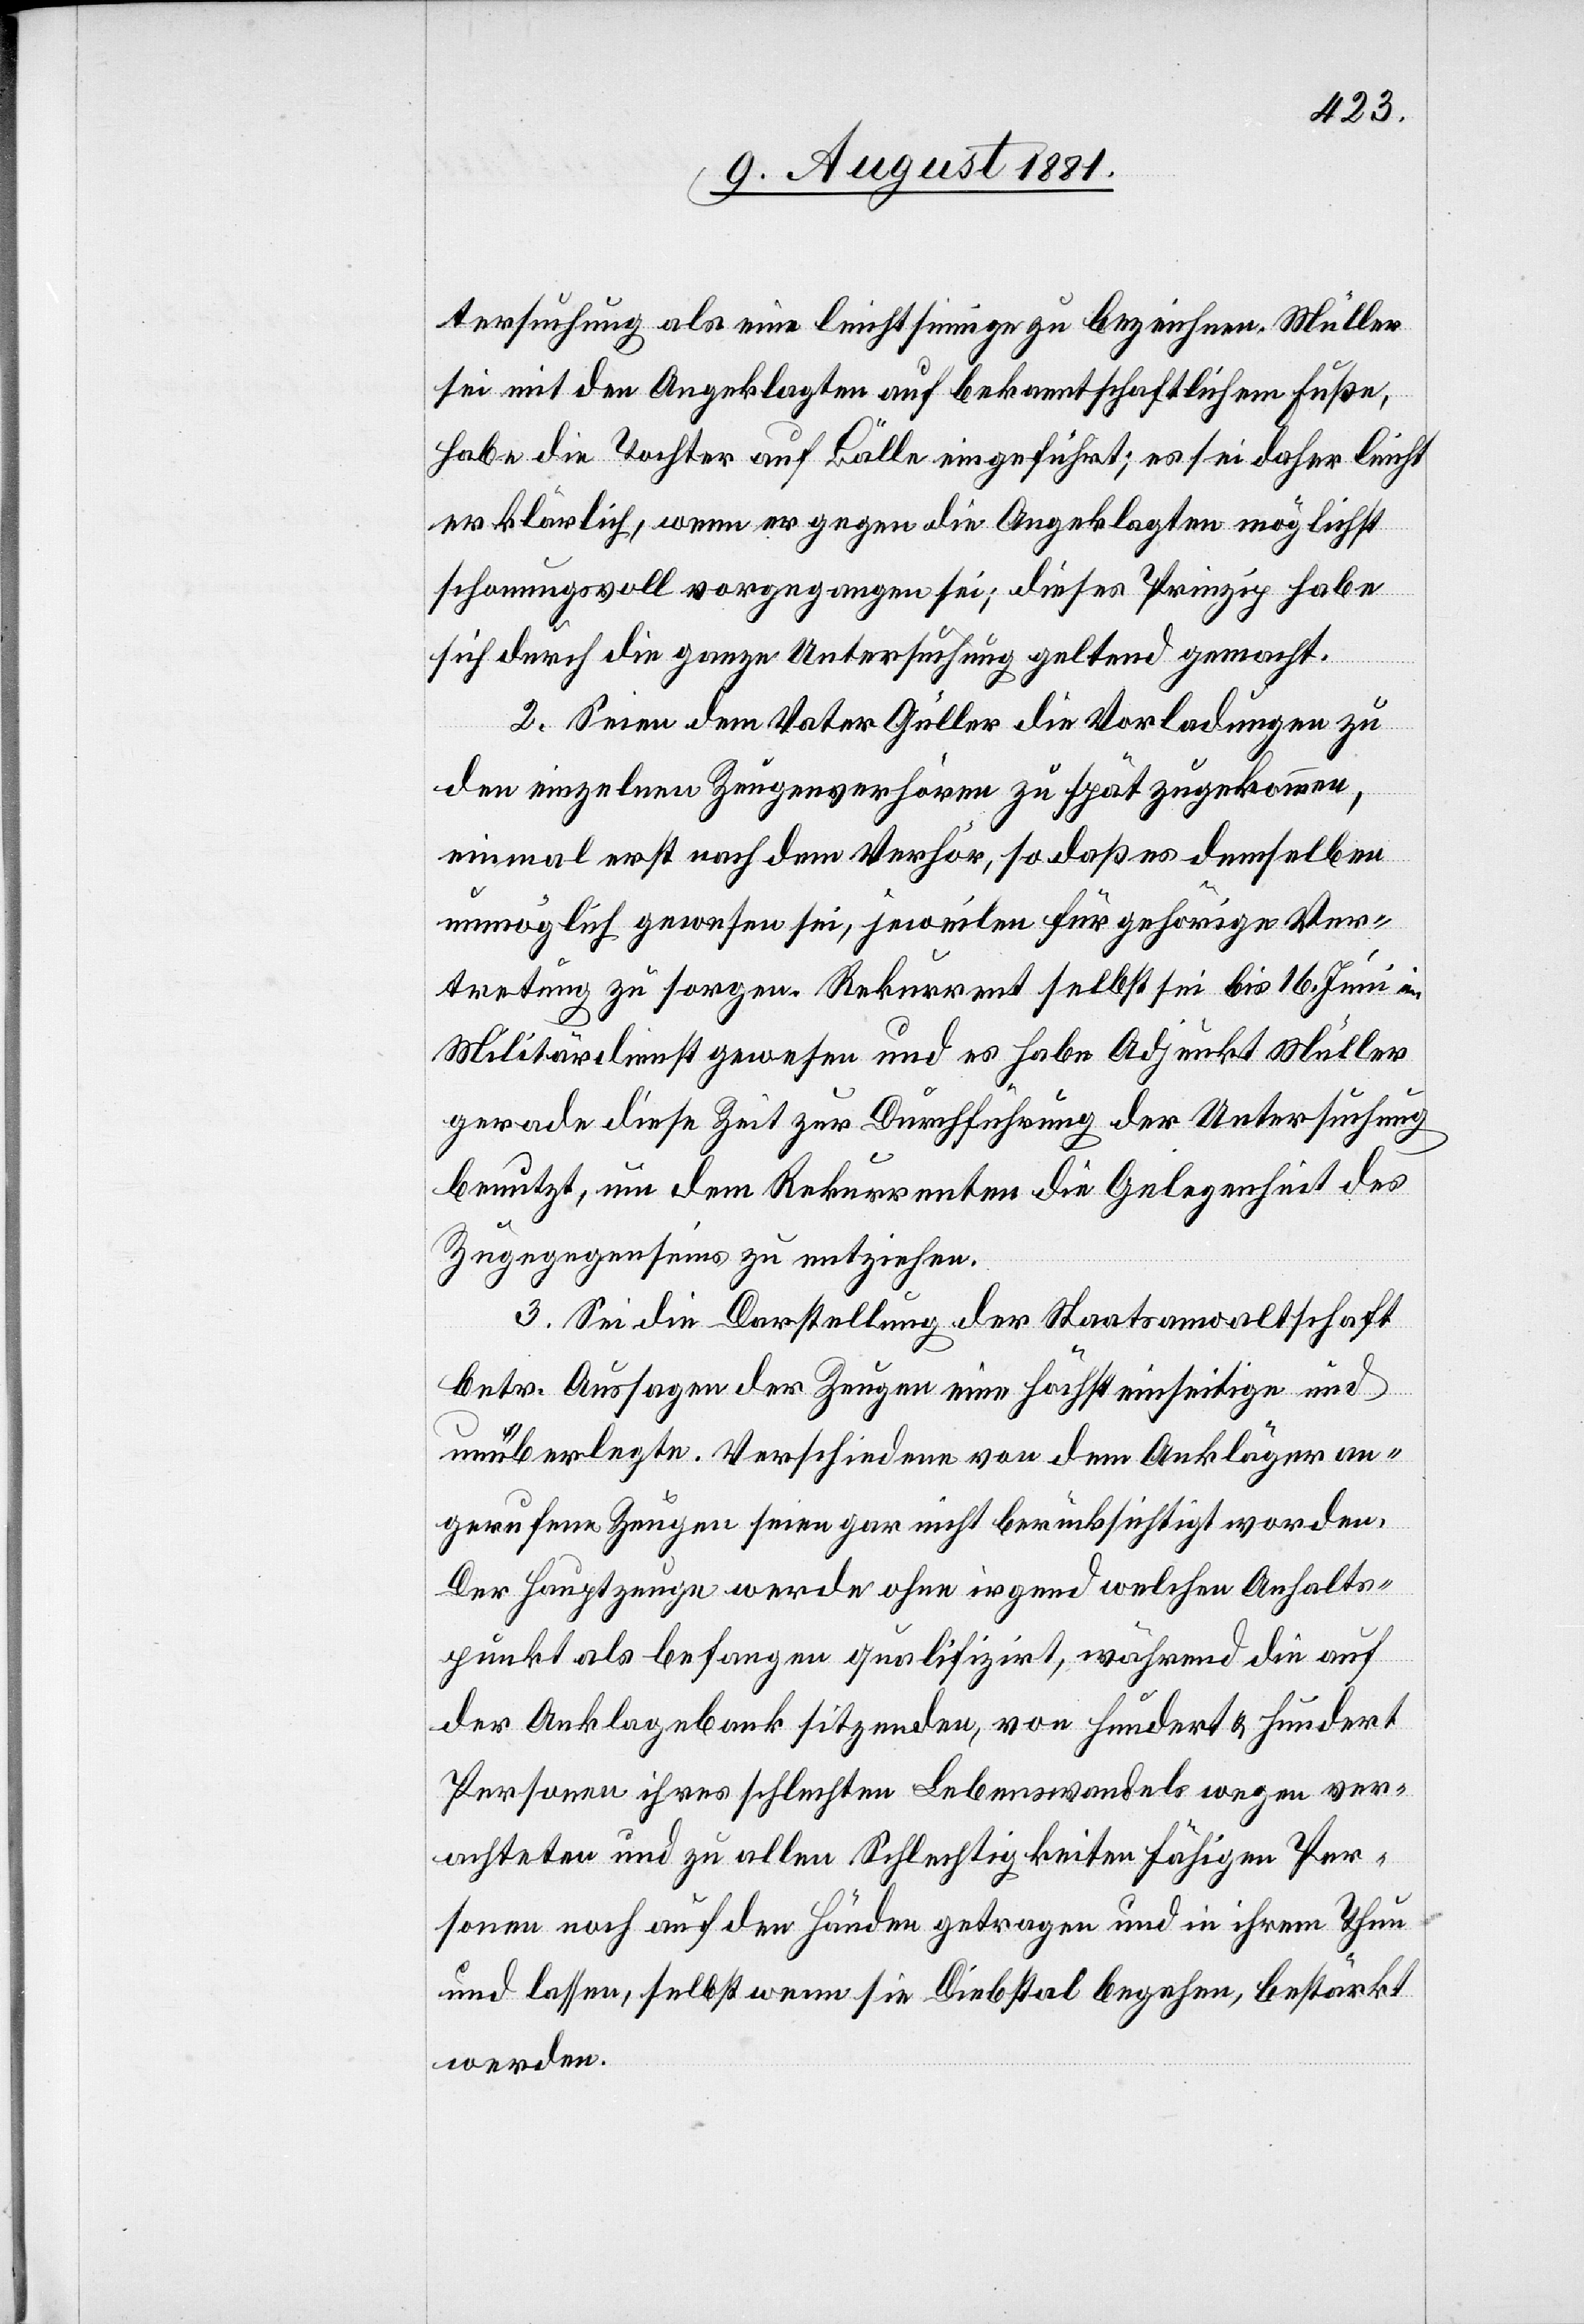
tersuchung als eine leichtsinnige zu bezeichnen. Müller
sei mit den Angeklagten auf bekanntschaftlichem Fuße,
habe die Tochter auf Bälle eingeführt; es sei daher leicht
erklärlich, wenn er gegen die Angeklagte möglichst
schonungsvoll vorgegangen sei; dieses Prinzip habe
sich durch die ganze Untersuchung geltend gemacht.
2. Seien dem Vater Güller die Vorladungen zu
den einzelnen Zeugenverhören zu spät zugekommen,
einmal erst nach dem Verhör, so daß es demselben
unmöglich gewesen sei, jeweilen für gehörige Ver¬
tretung zu sorgen. Rekurrent selbst sei bis 16. Juni
Militärdienst gewesen und es habe Adjunkt Müller
gerade diese Zeit zur Durchführung der Untersuchung
benutzt, um dem Rekurrenten die Gelegenheit des
Zugegenseins zu entziehen.
3. Sei die Darstellung der Staatsanwaltschaft
betr. Aussagen der Zeugen eine höchst einseitige und
unüberlegte. Verschiedene von dem Ankläger an¬
gerufene Zeugen seien gar nicht berücksichtigt worden.
Der Hauptzeuge werde ohne irgend welchen Anhalts¬
punkt als befangen qualifizirt, während die auf
der Anklagebank sitzenden, von hundert & hundert
Personen ihres schlechten Lebenswandels wegen ver¬
achteten und zu allen Schlechtigkeiten fähigen Per¬
sonen noch auf den Händen getragen und in ihrem Thun
und lassen [sic!], selbst wenn sie Diebstahl begehen, bestärkt
werden.